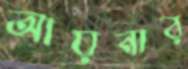
আয়নার